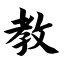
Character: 教